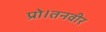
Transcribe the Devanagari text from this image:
प्रो।तनवीर